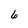
Character: 6